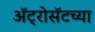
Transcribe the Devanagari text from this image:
ॲट्रोसॅटच्या